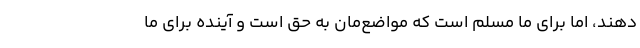
دهند، اما برای ما مسلم است که مواضع‌مان به حق است و آینده برای ما